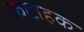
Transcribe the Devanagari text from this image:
कटाहक